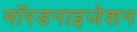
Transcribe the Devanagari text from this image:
मॉरडनाइजेशन